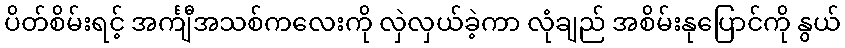
ပိတ်စိမ်းရင့် အင်္ကျီအသစ်ကလေးကို လှဲလှယ်ခဲ့ကာ လုံချည် အစိမ်းနုပြောင်ကို နွယ်